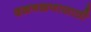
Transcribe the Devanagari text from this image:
दळवळणासाठी